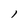
Character: l